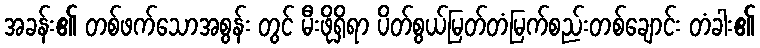
အခန်း၏ တစ်ဖက်သောအစွန်း တွင် မီးဖိုရှိရာ ပိတ်စွယ်မြတ်တံမြက်စည်းတစ်ချောင်း တံခါး၏